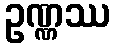
ဥဏ္ဏဿ